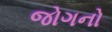
જોગનો